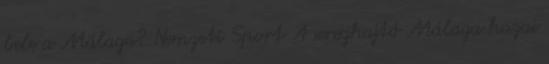
bele a Málaga? Nemzeti Sport A sereghajtó Málaga hazai